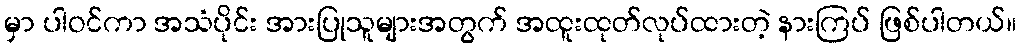
မှာ ပါဝင်ကာ အသံပိုင်း အားပြုသူများအတွက် အထူးထုတ်လုပ်ထားတဲ့ နားကြပ် ဖြစ်ပါတယ်။